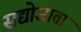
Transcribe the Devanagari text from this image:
सद्योजाता